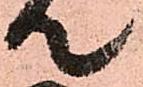
て